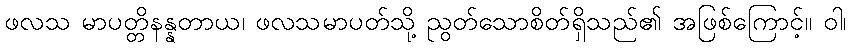
ဖလသ မာပတ္တိနန္နတာယ၊ ဖလသမာပတ်သို့ ညွတ်သောစိတ်ရှိသည်၏ အဖြစ်ကြောင့်။ ဝါ၊